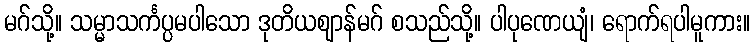
မဂ်သို့။ သမ္မာသင်္ကပ္ပမပါသော ဒုတိယဈာန်မဂ် စသည်သို့။ ပါပုဏေယျံ၊ ရောက်ရပါမူကား။